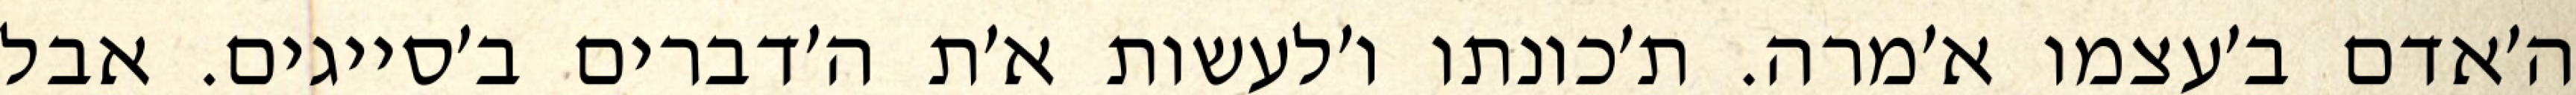
ה׳אדם ב׳עצמו א׳מרה. ת׳כונתו ו׳לעשות א׳ת ה׳דברים ב׳סייגים. אבל